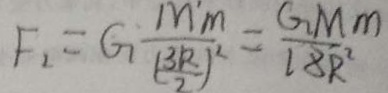
F _ { 2 } = G \frac { M _ { m } } { ( \frac { 3 R } { 2 } ) ^ { 2 } } = \frac { G M m } { 1 8 R ^ { 2 } }